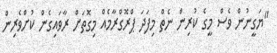
"ޔަގީނުން ވެސް މީގެ ކުރިން ނެތް މިފަދަ ޕްރޮގްރާމެއް މިގޮތަށް ރާވައިގެން ކުށްވެރިން